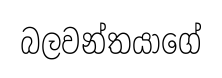
බලවන්තයාගේ